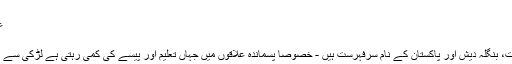
ایسی ہی ایک پاکستانی لڑکی کی کہانی
عذرا سید سینئر صحافی، لندن @Azsyed1
سوموار 25 فروری 2019 11:00
جنوبی ایشیا کے بیشتر ممالک جن میں بھارت، بنگلہ دیش اور پاکستان کے نام سرفہرست ہیں - خصوصا پسماندہ علاقوں میں جہاں تعلیم اور پیسے کی کمی رہتی ہے لڑکی سے اس کی شادی سے متعلق بات نہیں کی جاتی۔